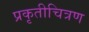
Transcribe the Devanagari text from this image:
प्रकृतीचित्रण